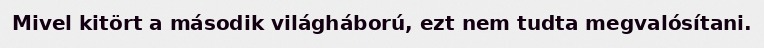
Mivel kitört a második világháború, ezt nem tudta megvalósítani.